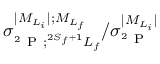
{ \sigma } _ { ^ 2 \mathrm { ~ P ~ } ; ^ { 2 S _ { f } + 1 } L _ { f } } ^ { \vert { M } _ { { L } _ { i } } \vert ; { M } _ { { L } _ { f } } } / { \sigma } _ { ^ 2 \mathrm { ~ P ~ } } ^ { \vert { M } _ { { L } _ { i } } \vert }